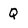
Character: Q